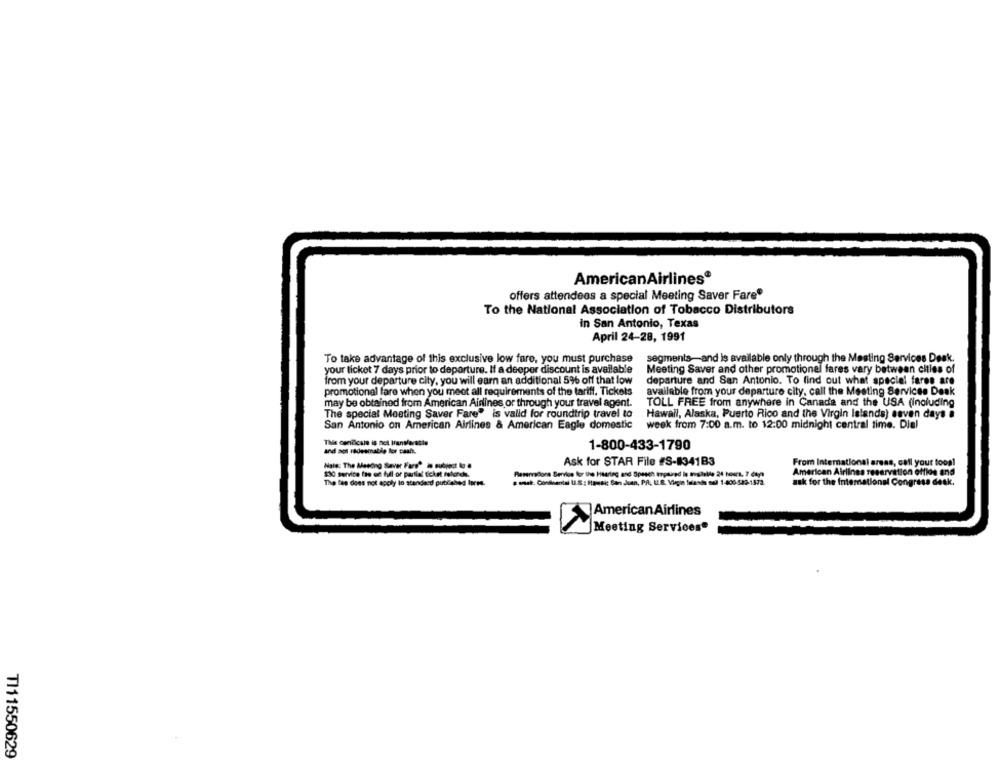
AmericanAirlines®
offers attendees a special Meeting Saver Fare®
To the National Association of Tobacco Distributors
in San Antonio, Texas
April 24-28, 1991
To take advantage of this exclusive low fare, you must purchase
segments-and is available only through the Mesting Services Desk.
your ticket 7 days prior to departure. If a deeper discount is available
Meeting Saver and other promotional fares vary between cities of
from your departure city, you will earn an additional 5% off that low
departure and San Antonio. To find out what speciel fares are
promotional fare when you meet all requirements of the tariff. Tickets
available from your departure city, call the Meeting Services Deak
may be obtained from American Airlines or through your travel agent.
TOLL FREE from anywhere in Canada and the USA (including
The special Meeting Saver Fare" is valid for roundtrip travel to
Hawall, Alaska, Puerto Rico and the Virgin Islands) seven days #
San Antonio on American Airlines & American Eagle domestic
week from 7:00 a.m. to 12:00 midnight central time. Dial
This conilcalo is nel translereste
1-800-433-1790
and not radesmalin for cash.
Ask for STAR File #S-#34183
From International areas, call your food!
Nale: The Mesong Saver Fare® is subject to .
$30 service fee of hil or partial ticket refunds.
Remercions Service for the Heartag and Speech terpaired is Irglalle 24 hours, 7 days
American Airlines reservation offlos and
The fis does not apply to standard published Ipres.
ask for the International Congress desk.
AmericanAirlines
Meeting Services"
TI11550629